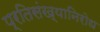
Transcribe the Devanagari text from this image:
प्रतिसंख्यानिरोध